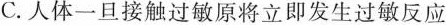
C.人体一旦接触过敏原将立即发生过敏反应